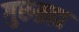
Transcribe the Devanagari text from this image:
गुरुब्रह्म